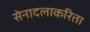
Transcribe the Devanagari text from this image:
सेनादलाकरिता